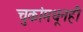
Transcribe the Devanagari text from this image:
चुकांमधूनही